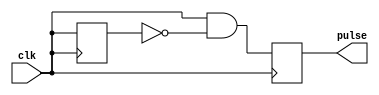
module Rising_Edge_Pulse_Generator (
    input wire clk,
    output reg pulse
);

reg prev_clk;

always @(posedge clk) begin
    pulse <= (clk && !prev_clk);
    prev_clk <= clk;
end

endmodule